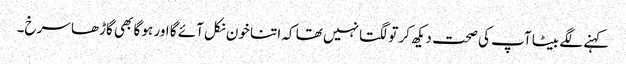
کہنے لگے بیٹا آپ کی صحت دیکھ کر تو لگتا نہیں تھا کہ اتنا خون نکل آئے گا اور ہو گا بھی گاڑھا سرخ۔